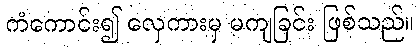
ကံကောင်း၍ လှေကားမှ မကျခြင်း ဖြစ်သည်။